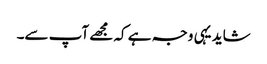
شاید یہی وجہ ہے کہ مجھے آپ سے۔